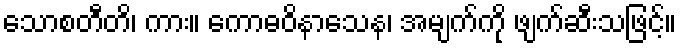
သောစတီတိ၊ ကား။ ကောဓဝိနာသေန၊ အမျက်ကို ဖျက်ဆီးသဖြင့်။